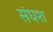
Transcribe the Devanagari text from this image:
संघश